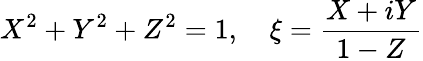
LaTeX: X^{2}+Y^{2}+Z^{2}=1,\quad\xi={\frac{X+iY}{1-Z}}